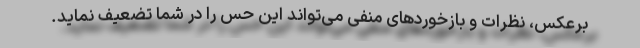
برعکس، نظرات و بازخوردهای منفی می‌تواند این حس را در شما تضعیف نماید.